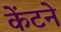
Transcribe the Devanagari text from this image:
केंटने